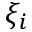
\xi _ { i }